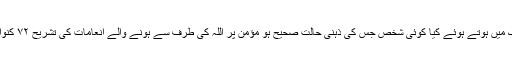
ان سب چیزوں کابیان قرآن پاک میں ہوتے ہوئے کیا کوئی شخص جس کی ذہنی حالت صحیح ہو مؤمن پر اللہ کی طرف سے ہونے والے انعامات کی تشریح ۷۲ کنواریوں کے نام پر کرسکتا ہے؟